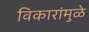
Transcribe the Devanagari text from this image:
विकारांमुळे